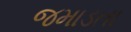
જમાડતા